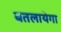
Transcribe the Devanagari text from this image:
बतलायेगा